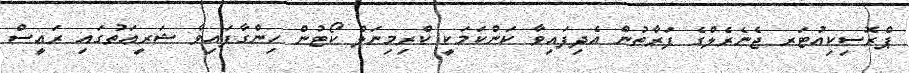
ޕްރޮސިކިއުޓަރ ޖެނެރެލްގެ ފަރާތުން އެދިފައިވާ ކަންކަމަކީ ކްރިމިނަލް ކޯޓުން ހިންގާފައިވާ ޝަރީޢަތުގައި ރައީސް